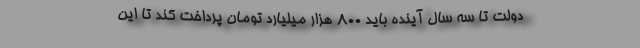
دولت تا سه سال آینده باید ۸۰۰ هزار میلیارد تومان پرداخت کند تا این